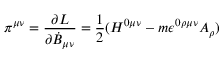
\pi ^ { \mu \nu } = \frac { \partial { \cal L } } { \partial { \dot { B } } _ { \mu \nu } } = \frac { 1 } { 2 } ( H ^ { 0 \mu \nu } - m \epsilon ^ { 0 \rho \mu \nu } A _ { \rho } )